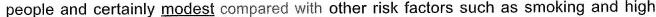
people and certainly modest compared with other risk factors such as smoking and high